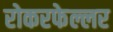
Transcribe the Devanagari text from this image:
रोकरफेल्लर